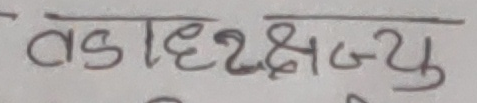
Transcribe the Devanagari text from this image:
तडा हर २ क्ष जु